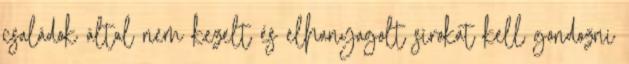
családok által nem kezelt és elhanyagolt sírokat kell gondozni